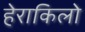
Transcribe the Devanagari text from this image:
हेराकिलो